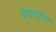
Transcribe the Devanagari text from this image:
रंगभोग